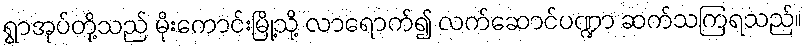
ရွာအုပ်တို့သည် မိုးကောင်းမြို့သို့ လာရောက်၍ လက်ဆောင်ပဏ္ဍာ ဆက်သကြရသည်။